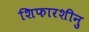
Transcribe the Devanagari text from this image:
शिफारशीनु